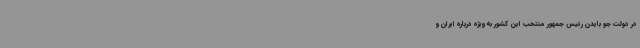
در دولت جو بایدن رئیس جمهور منتخب این کشور به ویژه درباره ایران و